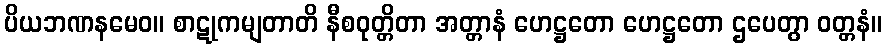
ပိယဘဏနမေဝ။ စာဋုကမျတာတိ နီစဝုတ္တိတာ အတ္တာနံ ဟေဋ္ဌတော ဟေဋ္ဌတော ဌပေတွာ ဝတ္တနံ။